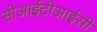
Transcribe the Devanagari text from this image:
सीआईटीआईसी